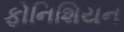
ફોનિશિયન